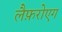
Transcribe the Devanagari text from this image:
लैफ़रोएग